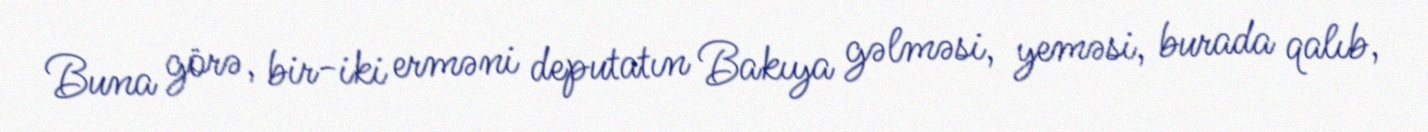
Buna görə, bir-iki erməni deputatın Bakıya gəlməsi, yeməsi, burada qalıb,